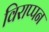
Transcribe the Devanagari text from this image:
विराप्पन